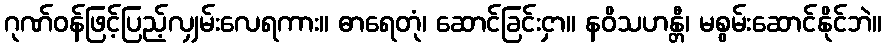
ဂုဏ်ဝန်ဖြင့်ပြည့်လျှမ်းလေရကား။ ဓာရေတုံ၊ ဆောင်ခြင်းငှာ။ နဝိသဟန္တီ၊ မစွမ်းဆောင်နိုင်ဘဲ။